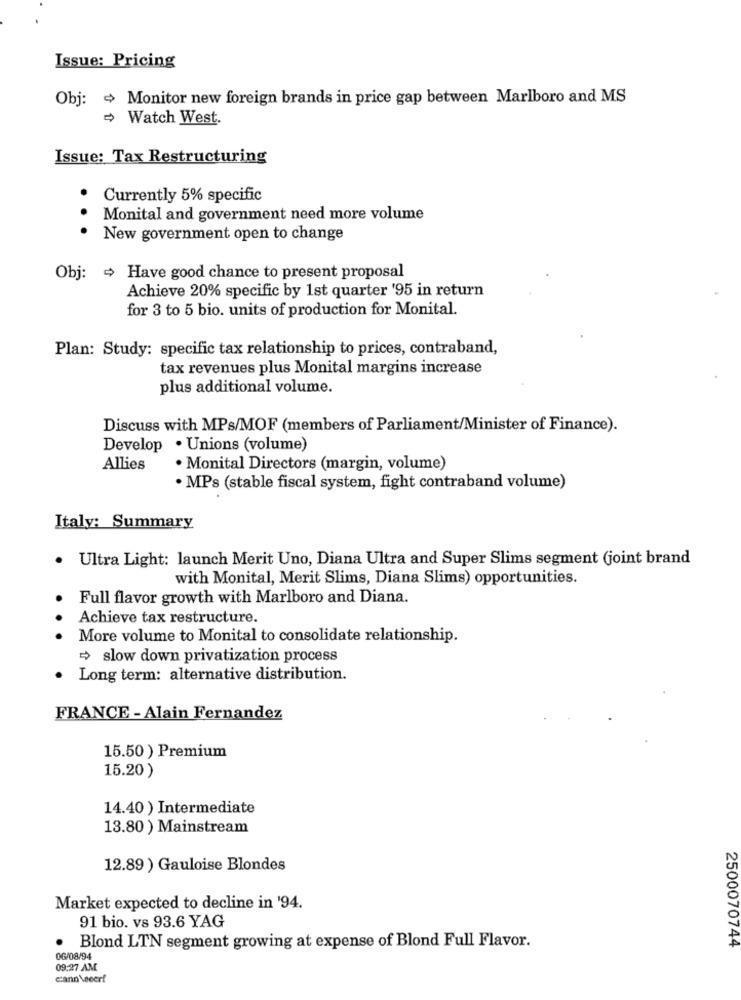
Issue: Pricing
Obj: + Monitor new foreign brands in price gap between Marlboro and MS
Watch West.
Issue: Tax Restructuring
Currently 5% specific
Monital and government need more volume
...
New government open to change
Obj: + Have good chance to present proposal
Achieve 20% specific by 1st quarter '95 in return
for 3 to 5 bio. units of production for Monital.
Plan: Study: specific tax relationship to prices, contraband,
tax revenues plus Monital margins increase
plus additional volume.
Discuss with MPs/MOF (members of Parliament/Minister of Finance).
Develop . Unions (volume)
Allies
. Monital Directors (margin, volume)
· MPs (stable fiscal system, fight contraband volume)
Italy: Summary
· Ultra Light: launch Merit Uno, Diana Ultra and Super Slims segment (joint brand
with Monital, Merit Slims, Diana Slims) opportunities.
Full flavor growth with Marlboro and Diana.
Achieve tax restructure.
More volume to Monital to consolidate relationship.
slow down privatization process
Long term: alternative distribution.
FRANCE - Alain Fernandez
15.50 ) Premium
15.20)
14.40 ) Intermediate
13.80 ) Mainstream
12.89 ) Gauloise Blondes
Market expected to decline in '94.
91 bio. vs 93.6 YAG
.
Blond LTN segment growing at expense of Blond Full Flavor.
2500070744
06/08/94
09:27 AM
cann veeer!